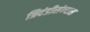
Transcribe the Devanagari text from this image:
त्रिदंडीसंन्यास